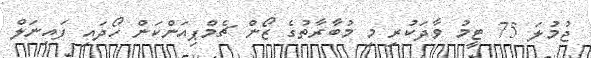
ޖުމުލަ 75 ޓީމު ވާދަކުރި މި މުބާރާތުގެ ޒޯން ޗެމްޕިއަންކަން ހޯދައި ފައިނަލް